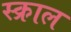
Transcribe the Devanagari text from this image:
स्क्राल